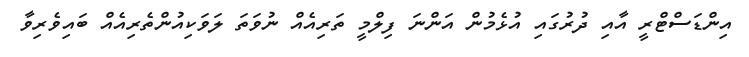
އިންޑަސްޓްރީ އާއި ދުރުގައި އުޅެމުން އަންނަ ފިލްމީ ތަރިއެއް ނުވަތަ ލަވަކިއުންތެރިއެއް ބައިވެރިވާ